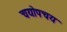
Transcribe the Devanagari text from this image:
चयोपचय